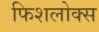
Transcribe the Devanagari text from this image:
फिशलोक्स